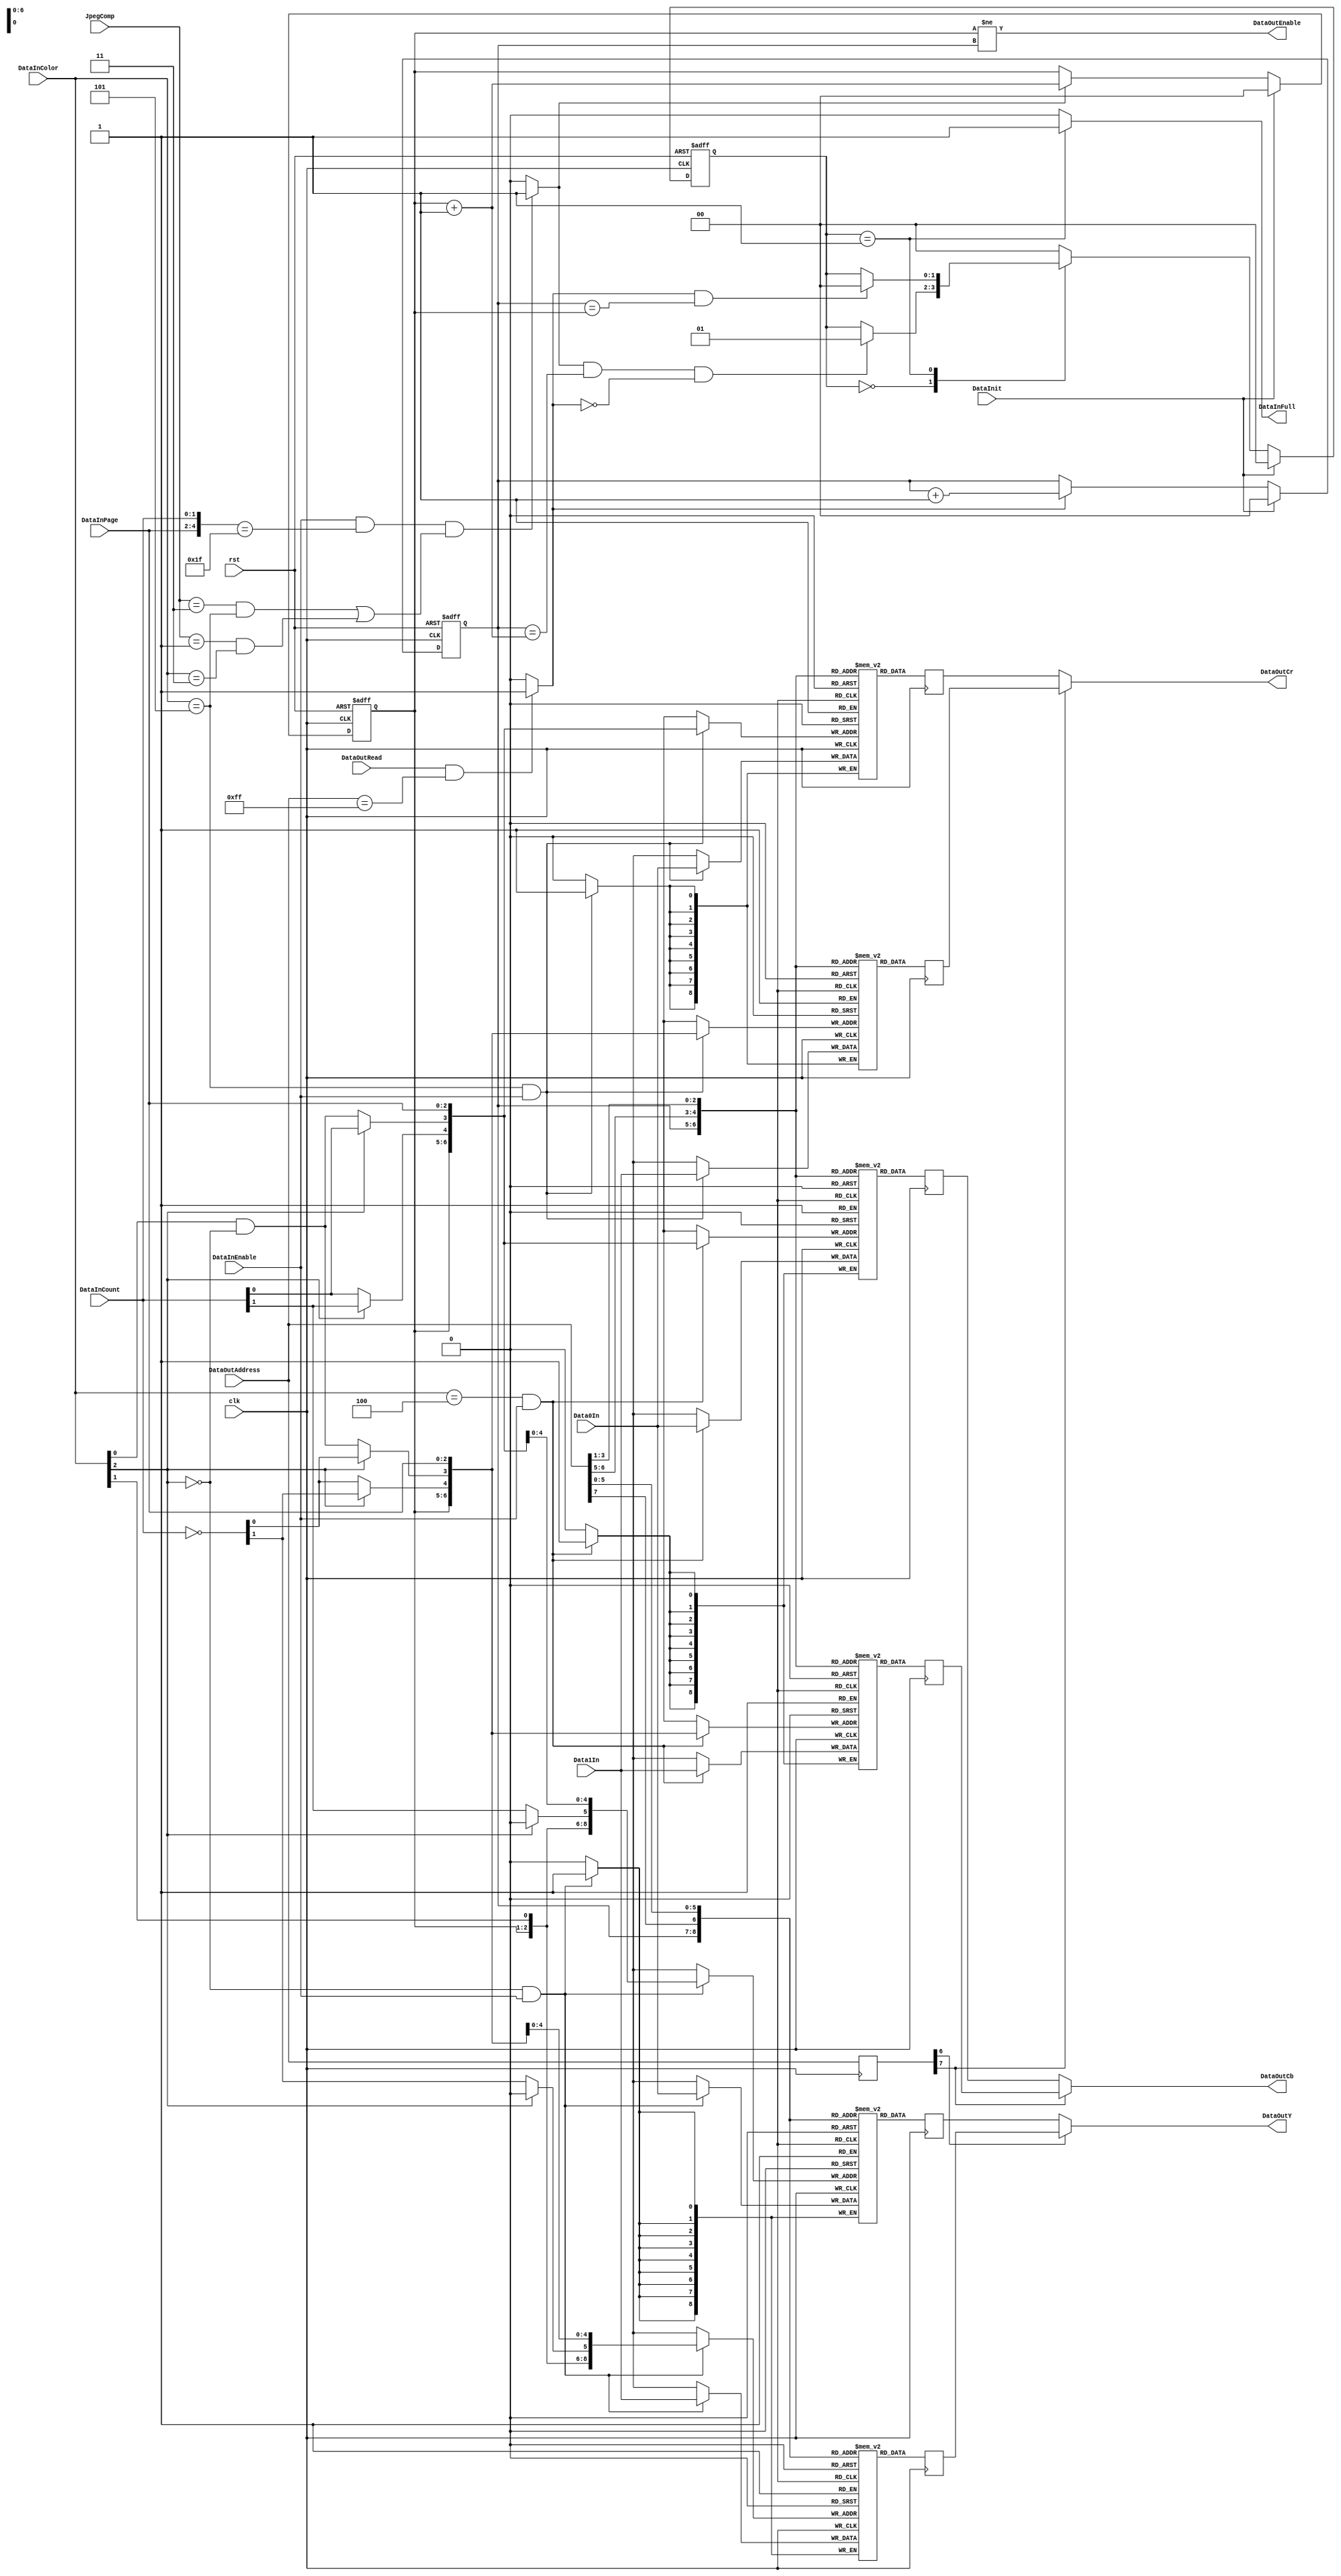
module aq_djpeg_ycbcr_mem(
	input			rst,
	input			clk,

	input			DataInit,
	input [2:0]	JpegComp,

	input			DataInEnable,
	input [2:0]	DataInColor,
	input [2:0]	DataInPage,
	input [1:0]	DataInCount,
	input [8:0]	Data0In,
	input [8:0]	Data1In,
	output			DataInFull,

	output			DataOutEnable,
	input [7:0]	DataOutAddress,
	input			DataOutRead,
	output [8:0]	DataOutY,
	output [8:0]	DataOutCb,
	output [8:0]	DataOutCr
);
	reg [8:0]		MemYA	[0:511];
	reg [8:0]		MemYB	[0:511];
	reg [8:0]		MemCbA [0:127];
	reg [8:0]		MemCbB [0:127];
	reg [8:0]		MemCrA [0:127];
	reg [8:0]		MemCrB [0:127];

	reg [1:0]		WriteBank, ReadBank;

	wire [5:0]		DataInAddress;

	assign DataInAddress = {DataInPage, DataInCount};

	wire WriteNext, ReadNext;
	
	assign WriteNext = (DataInEnable && (DataInAddress == 5'd63) && 
							(((JpegComp == 3'd3) && (DataInColor == 3'd5)) ||
							((JpegComp == 3'd1) && (DataInColor == 3'd3))))?1'b1:1'b0;
	assign ReadNext = (DataOutRead && (DataOutAddress == 8'd255))?1'b1:1'b0;

	// Bank
	always @(posedge clk or negedge rst) begin
		if(!rst) begin
			WriteBank	<= 2'd0;
			ReadBank	<= 2'd0;
		end else begin
			if(DataInit) begin
				WriteBank	<= 2'd0;
			end else if(WriteNext == 1'b1) begin
//				(DataInColor == 3'd5)) begin
				WriteBank	<= WriteBank + 2'd1;
			end
			if(DataInit) begin
				ReadBank	<= 2'd0;
			end else if(ReadNext == 1'b1) begin
				ReadBank	<= ReadBank + 2'd1;
			end
		end
	end
	
	reg [1:0]	state;
	localparam S_IDLE = 2'd0;
	localparam S_FULL = 2'd1;
	
	always @(posedge clk or negedge rst) begin
		if(!rst) begin
			state <= S_IDLE;
		end else begin
			if(DataInit) begin
				state <= S_IDLE;
			end else begin
				case(state)
					S_IDLE: begin
						if((WriteNext == 1'b1) && (ReadBank == (WriteBank +2'b1)) && (ReadNext == 1'b0)) begin
							state <= S_FULL;
						end
					end
					S_FULL: begin
						if((ReadNext == 1'b1) && (ReadBank == WriteBank)) begin
							state <= S_IDLE;
						end
					end
					default: begin
						state <= S_IDLE;
					end
				endcase
			end
		end
	end
	assign DataInFull = (state == S_FULL)?1'b1:1'b0;

	wire [6:0]		WriteAddressA;
	wire [6:0]		WriteAddressB;

	function [6:0] F_WriteAddressA;
		input [2:0]	DataInColor;
		input [2:0]	DataInPage;
		input [1:0]	DataInCount;
		begin
			F_WriteAddressA[6]	= DataInColor[1];
			if(DataInColor[2] == 1'b0) begin
				F_WriteAddressA[5:4]	= DataInCount[1:0];
				F_WriteAddressA[3]	= DataInColor[0] & ~DataInColor[2];
			end else begin
				F_WriteAddressA[5]	= 1'b0;
				F_WriteAddressA[4:3]	= DataInCount[1:0];
			end
			F_WriteAddressA[2:0]		= DataInPage[2:0];
		end
	endfunction

	function [6:0] F_WriteAddressB;
		input [2:0]	DataInColor;
		input [2:0]	DataInPage;
		input [1:0]	DataInCount;
		begin
			F_WriteAddressB[6]	= DataInColor[1];
			if(DataInColor[2] == 1'b0) begin
				F_WriteAddressB[5:4]	= ~DataInCount[1:0];
				F_WriteAddressB[3]	= DataInColor[0] & ~DataInColor[2];
			end else begin
				F_WriteAddressB[5]	= 1'b0;
				F_WriteAddressB[4:3]	= ~DataInCount[1:0];
			end
			F_WriteAddressB[2:0]		= DataInPage[2:0];
		end
	endfunction

	assign WriteAddressA = F_WriteAddressA(DataInColor, DataInPage, DataInCount);
	assign WriteAddressB = F_WriteAddressB(DataInColor, DataInPage, DataInCount);

	always @(posedge clk) begin
		if(DataInColor[2] == 1'b0 & DataInEnable == 1'b1) begin
			MemYA[{WriteBank, WriteAddressA}] <= Data0In;
			MemYB[{WriteBank, WriteAddressB}] <= Data1In;
		end
	end

	always @(posedge clk) begin
		if(DataInColor == 3'b100 & DataInEnable == 1'b1) begin
			MemCbA[{WriteBank, WriteAddressA[4:0]}] <= Data0In;
			MemCbB[{WriteBank, WriteAddressB[4:0]}] <= Data1In;
		end
	end

	always @(posedge clk) begin
		if(DataInColor == 3'b101 & DataInEnable == 1'b1) begin
			MemCrA[{WriteBank, WriteAddressA[4:0]}] <= Data0In;
			MemCrB[{WriteBank, WriteAddressB[4:0]}] <= Data1In;
		end
	end

	reg [8:0] ReadYA;
	reg [8:0] ReadYB;
	reg [8:0] ReadCbA;
	reg [8:0] ReadCbB;
	reg [8:0] ReadCrA;
	reg [8:0] ReadCrB;

	reg [7:0] RegAdrs;

	always @(posedge clk) begin
		RegAdrs <= DataOutAddress;

		ReadYA	<= MemYA[{ReadBank, DataOutAddress[7],DataOutAddress[5:0]}];
		ReadYB	<= MemYB[{ReadBank, DataOutAddress[7],DataOutAddress[5:0]}];

		ReadCbA <= MemCbA[{ReadBank, DataOutAddress[6:5],DataOutAddress[3:1]}];
		ReadCrA <= MemCrA[{ReadBank, DataOutAddress[6:5],DataOutAddress[3:1]}];

		ReadCbB <= MemCbB[{ReadBank, DataOutAddress[6:5],DataOutAddress[3:1]}];
		ReadCrB <= MemCrB[{ReadBank, DataOutAddress[6:5],DataOutAddress[3:1]}];
	end

	assign DataOutEnable	= (WriteBank != ReadBank);
	assign DataOutY		= (RegAdrs[6] ==1'b0)?ReadYA:ReadYB;
	assign DataOutCb		= (RegAdrs[7] ==1'b0)?ReadCbA:ReadCbB;
	assign DataOutCr		= (RegAdrs[7] ==1'b0)?ReadCrA:ReadCrB;
endmodule